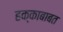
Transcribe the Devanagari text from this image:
हक्काबाबत